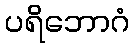
ပရိဘောဂံ